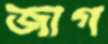
জাগ